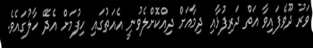
ވަރު ދޫވެފައިވާ އަތް ދަރިފުޅާއި ދިމާއަށް ދިއްކޮށްލެވުނީ އެއަތުގައި ހިފުމަށް އެދޭ ހާލުގައެވެ.